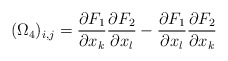
\begin{align*} (\Omega_4)_{i,j}=\frac{\partial F_1}{\partial x_k}\frac{\partial F_2}{\partial x_l}-\frac{\partial F_1}{\partial x_l}\frac{\partial F_2}{\partial x_k} \end{align*}